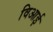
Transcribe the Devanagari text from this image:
विआई